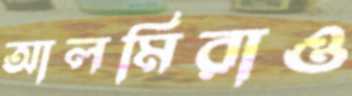
আলমিরাও